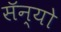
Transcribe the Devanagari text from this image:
सॅन्यो